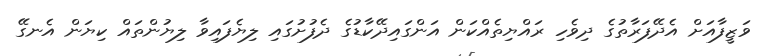
ވަޒީފާއަށް އެދޭފަރާތުގެ ދިވެހި ރައްޔިތެއްކަން އަންގައިދޭކާޑުގެ ދެފުށުގައި ލިޔެފައިވާ ލިޔުންތައް ކިޔަން އެނގޭ